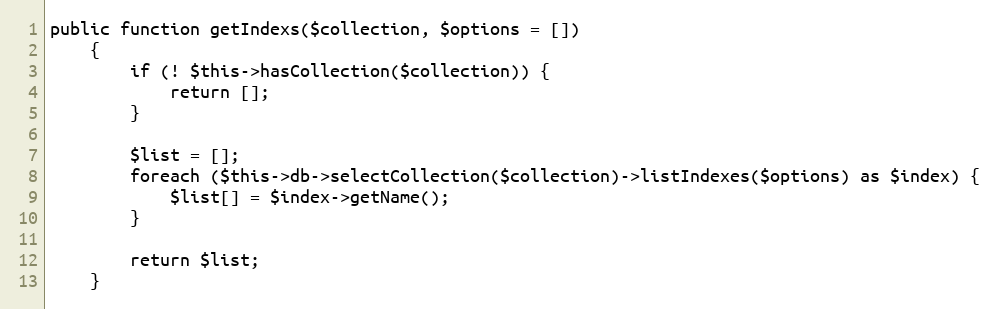
Language: PHP
public function getIndexs($collection, $options = [])
    {
        if (! $this->hasCollection($collection)) {
            return [];
        }

        $list = [];
        foreach ($this->db->selectCollection($collection)->listIndexes($options) as $index) {
            $list[] = $index->getName();
        }

        return $list;
    }